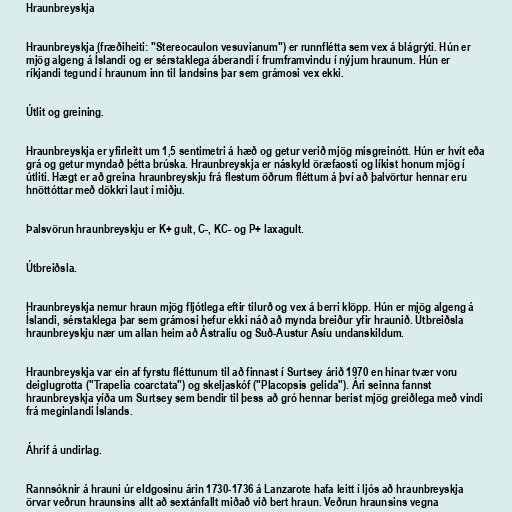
Hraunbreyskja

Hraunbreyskja (fræðiheiti: "Stereocaulon vesuvianum") er runnflétta sem vex á blágrýti. Hún er
mjög algeng á Íslandi og er sérstaklega áberandi í frumframvindu í nýjum hraunum. Hún er
ríkjandi tegund í hraunum inn til landsins þar sem grámosi vex ekki.

Útlit og greining.

Hraunbreyskja er yfirleitt um 1,5 sentimetri á hæð og getur verið mjög misgreinótt. Hún er hvít eða
grá og getur myndað þétta brúska. Hraunbreyskja er náskyld öræfaosti og líkist honum mjög í
útliti. Hægt er að greina hraunbreyskju frá flestum öðrum fléttum á því að þalvörtur hennar eru
hnöttóttar með dökkri laut í miðju.

Þalsvörun hraunbreyskju er K+ gult, C-, KC- og P+ laxagult.

Útbreiðsla.

Hraunbreyskja nemur hraun mjög fljótlega eftir tilurð og vex á berri klöpp. Hún er mjög algeng á
Íslandi, sérstaklega þar sem grámosi hefur ekki náð að mynda breiður yfir hraunið. Útbreiðsla
hraunbreyskju nær um allan heim að Ástralíu og Suð-Austur Asíu undanskildum.

Hraunbreyskja var ein af fyrstu fléttunum til að finnast í Surtsey árið 1970 en hinar tvær voru
deiglugrotta ("Trapelia coarctata") og skeljaskóf ("Placopsis gelida"). Ári seinna fannst
hraunbreyskja víða um Surtsey sem bendir til þess að gró hennar berist mjög greiðlega með vindi
frá meginlandi Íslands.

Áhrif á undirlag.

Rannsóknir á hrauni úr eldgosinu árin 1730-1736 á Lanzarote hafa leitt í ljós að hraunbreyskja
örvar veðrun hraunsins allt að sextánfallt miðað við bert hraun. Veðrun hraunsins vegna